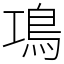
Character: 䲨